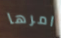
امرها